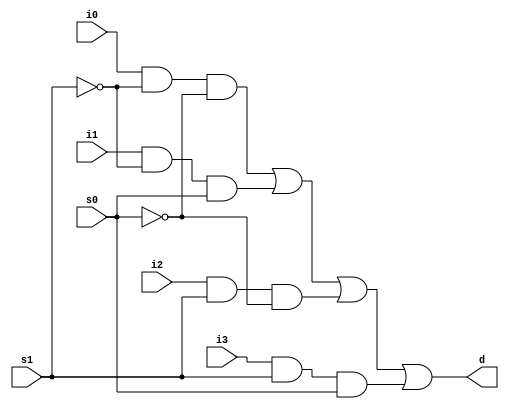
`timescale 1ns / 1ps
//////////////////////////////////////////////////////////////////////////////////
// Company: 
// Engineer: 
// 
// Design Name: 
// Module Name: Mux_structural
// Project Name: 
// Target Devices: 
// Tool Versions: 
// Description: 
// 
// Dependencies: 
// 
// Revision:
// Revision 0.01 - File Created
// Additional Comments:
// 
//////////////////////////////////////////////////////////////////////////////////


module Mux_structural(
    input i0,
    input i1,
    input i2,
    input i3,
    input s0,
    input s1,
    output d
    );
    
    wire s0_not, s1_not;
    wire d0, d1, d2, d3;
    
    not n0 (s0_not, s0);
    not n1 (s1_not, s1);
    
    and g0 (d0, i0, s1_not, s0_not);
    and g1 (d1, i1, s1_not, s0);
    and g2 (d2, i2, s1, s0_not);
    and g3 (d3, i3, s1, s0);
    or g4 (d, d0, d1, d2, d3);

endmodule